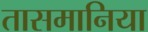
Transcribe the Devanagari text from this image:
तासमानिया